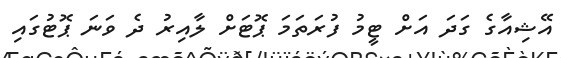
އޭޝިއާގެ ގަދަ އަށް ޓީމު ފުރަތަމަ ޕޮޓަށް ލާއިރު ދެ ވަނަ ޕޮޓުގައި